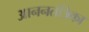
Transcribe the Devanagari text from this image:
आननतंत्रिका